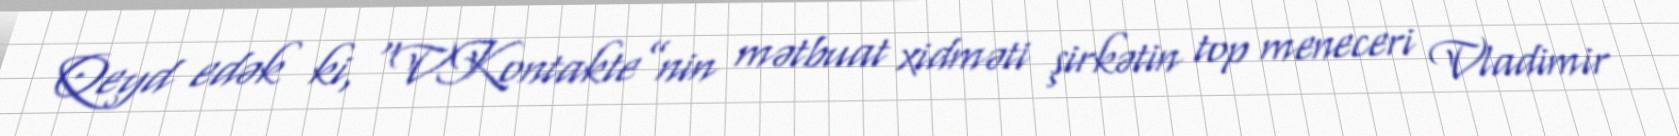
Qeyd edək ki, “VKontakte”nin mətbuat xidməti şirkətin top meneceri Vladimir